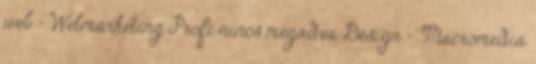
web - Webmarketing Profi nincs megadva Design - Macromedia